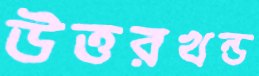
উত্তরখন্ড